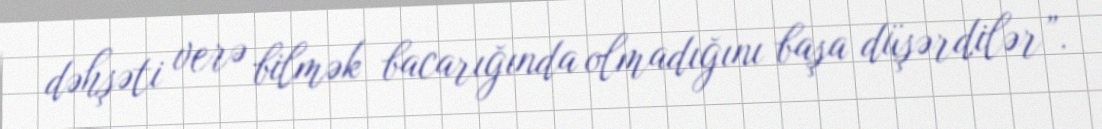
dəhşəti verə bilmək bacarığında olmadığını başa düşərdilər”.